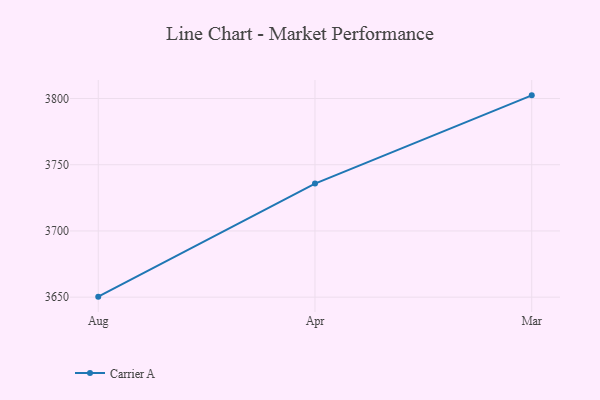
{"axis": {"x": "Month", "y": "Temperature (°C)"}, "legend": ["Carrier A"], "data": [{"x": "Aug", "y": 3650.4, "type": "Carrier A"}, {"x": "Apr", "y": 3735.8, "type": "Carrier A"}, {"x": "Mar", "y": 3802.4, "type": "Carrier A"}]}